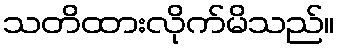
သတိထားလိုက်မိသည်။